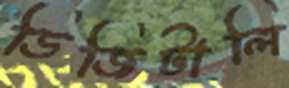
ডিজিটালি